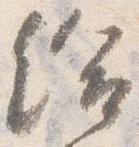
給